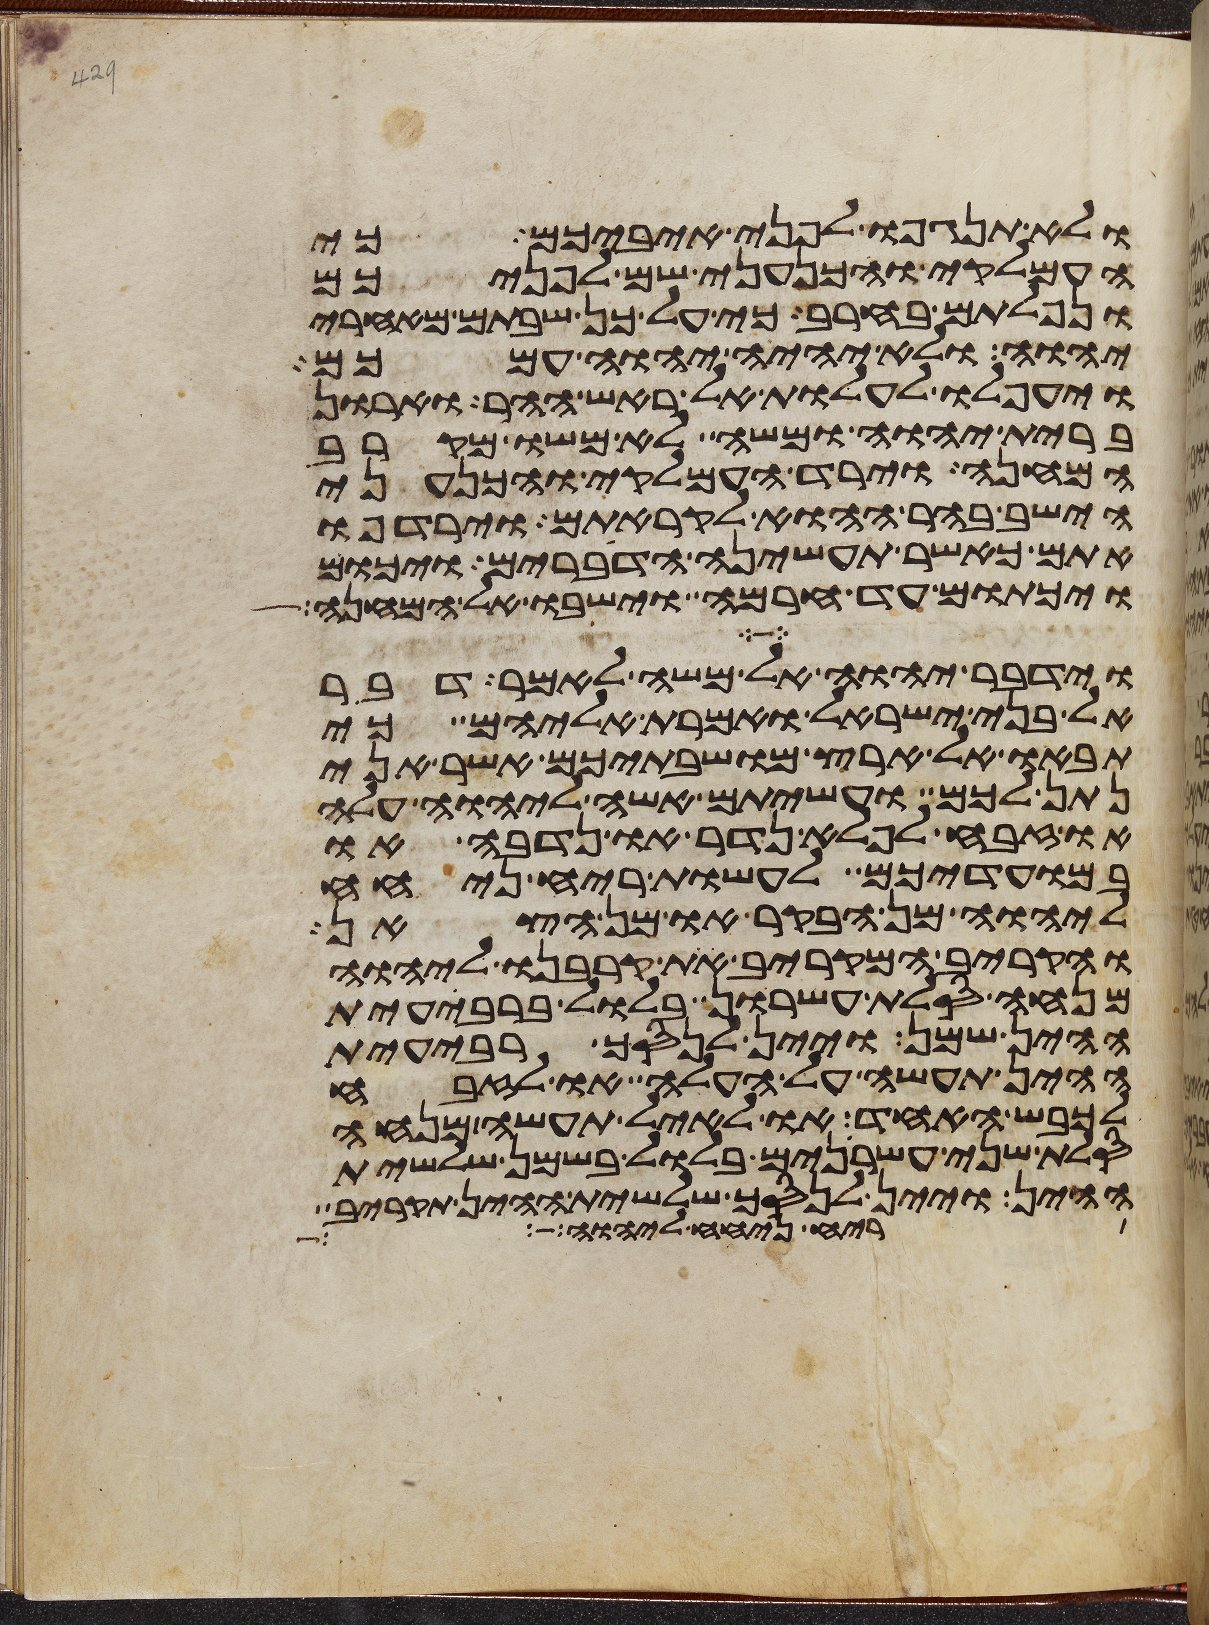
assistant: ולא תנגפו לפני איביכם כי
העמלקי והכנעני שם לפניכם
ונפלתם בחרב כי על כן שבתם מאחרי
יהוה ולא יהיה יהוה עמכם
ויעפלו לעלות אל ראש ההר וארון
ברית יהוה ומשה לא משו מקרב
המחנה וירד העמלקי והכנעני
הישב בהר ההוא לקראתם וירדפו
אתם כאשר תעשינה הדברים ויכום
ויכתום עד חרמה וישבו אל המחנה
וידבר יהוה אל משה לאמר דבר
אל בני ישראל ואמרת אליהם כי
תבאו אל ארץ מושבתיכם אשר אני
נתן לכם ועשיתם אשה ליהוה עלה
או זבח לפלא נדר או נדבה או
במועדיכם לעשות ריח ניחח
ליהוה מן הבקר או מן הצאן
והקריב המקריב את קרבנו ליהוה
מנחה סלת עשרון בלול ברבעית
ההין שמן ויין לנסך רבעית
ההין תעשה על העלה או לזבח
לכבש האחד או לאיל תעשה מנחה
סלת שני עשרנים בלול בשמן שלשית
ההין ויין לנסך שלשית ההין תקריב
לריח ניחח ליהוה כל